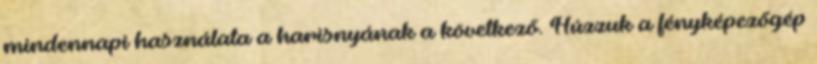
mindennapi használata a harisnyának a következő. Húzzuk a fényképezőgép